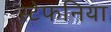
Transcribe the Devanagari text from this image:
स्टेफनिया